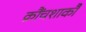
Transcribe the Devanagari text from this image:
क्रौंचशाकौ